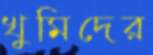
খুমিদের